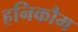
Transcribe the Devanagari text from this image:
हनिकौम